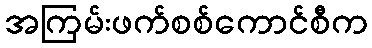
အကြမ်းဖက်စစ်ကောင်စီက